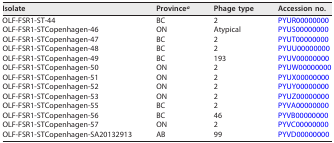
<table><thead><tr><td><b>Isolate</b></td><td><b>Province<sup><i>a</i></sup></b></td><td><b>Phage type</b></td><td><b>Accession no.</b></td></tr></thead><tbody><tr><td>OLF-FSR1-ST-44</td><td>BC</td><td>2</td><td>PYUR00000000</td></tr><tr><td>OLF-FSR1-STCopenhagen-46</td><td>ON</td><td>Atypical</td><td>PYUS00000000</td></tr><tr><td>OLF-FSR1-STCopenhagen-47</td><td>BC</td><td>2</td><td>PYUT00000000</td></tr><tr><td>OLF-FSR1-STCopenhagen-48</td><td>BC</td><td>2</td><td>PYUU00000000</td></tr><tr><td>OLF-FSR1-STCopenhagen-49</td><td>BC</td><td>193</td><td>PYUV00000000</td></tr><tr><td>OLF-FSR1-STCopenhagen-50</td><td>ON</td><td>2</td><td>PYUW00000000</td></tr><tr><td>OLF-FSR1-STCopenhagen-51</td><td>ON</td><td>2</td><td>PYUX00000000</td></tr><tr><td>OLF-FSR1-STCopenhagen-52</td><td>ON</td><td>2</td><td>PYUY00000000</td></tr><tr><td>OLF-FSR1-STCopenhagen-53</td><td>ON</td><td>2</td><td>PYUZ00000000</td></tr><tr><td>OLF-FSR1-STCopenhagen-55</td><td>BC</td><td>2</td><td>PYVA00000000</td></tr><tr><td>OLF-FSR1-STCopenhagen-56</td><td>BC</td><td>46</td><td>PYVB00000000</td></tr><tr><td>OLF-FSR1-STCopenhagen-57</td><td>ON</td><td>2</td><td>PYVC00000000</td></tr><tr><td>OLF-FSR1-STCopenhagen-SA20132913</td><td>AB</td><td>99</td><td>PYVD00000000</td></tr></tbody></table>